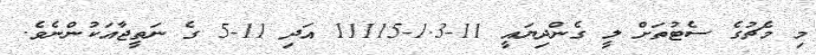
މި މެޗުގެ ސެޓުތަށް ލީ ގެންދިޔައީ 11-1.3-11115 އަދި 11-5 ގެ ނަތީޖާއަކުންނެވެ.